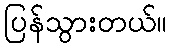
ပြန်သွားတယ်။